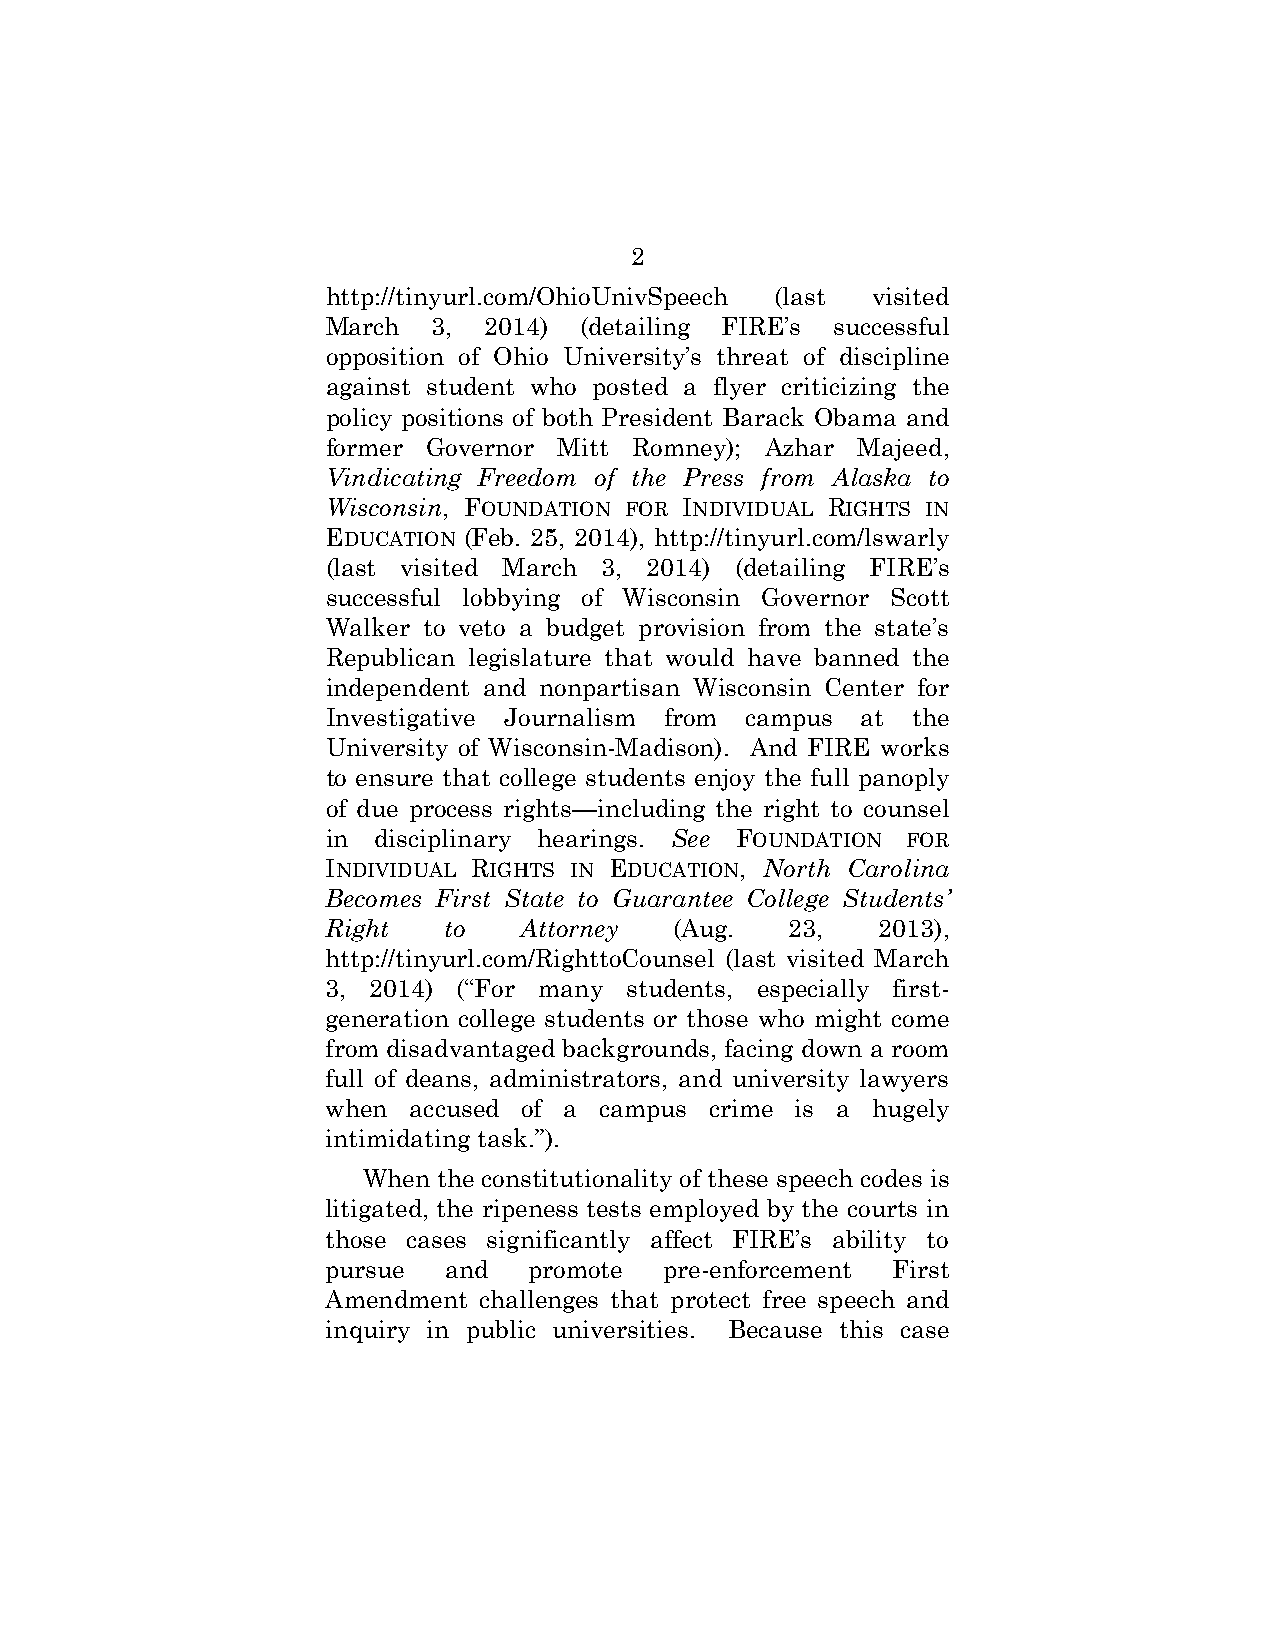
2
 http://tinyurl.com/OhioUnivSpeech (last visited
 March  3, 2014) (detailing FIRE’s successful
 opposition of Ohio University’s threat of discipline
 against student who posted a flyer criticizing the
 policy positions of both President Barack Obama and
 former Governor Mitt Romney); Azhar Majeed,
 Vindicating Freedom of the Press from Alaska to
 Wisconsin, FOUNDATION FOR INDIVIDUAL RIGHTS IN
 EDUCATION (Feb. 25, 2014), http://tinyurl.com/lswarly
 (last visited March 3, 2014) (detailing FIRE’s
 successful lobbying of Wisconsin Governor Scott
 Walker to veto a budget provision from the state’s
 Republican legislature that would have banned the
 independent and nonpartisan Wisconsin Center for
 Investigative Journalism from campus at the
 University of Wisconsin-Madison). And FIRE works
 to ensure that college students enjoy the full panoply
 of due process rights—including the right to counsel
 in disciplinary hearings. See FOUNDATION FOR
 INDIVIDUAL RIGHTS IN EDUCATION, North Carolina
 Becomes First State to Guarantee College Students’
 Right  to   Attorney   (Aug.  23,   2013),
 http://tinyurl.com/RighttoCounsel (last visited March
 3, 2014) (“For many students, especially first-
 generation college students or those who might come
 from disadvantaged backgrounds, facing down a room
 full of deans, administrators, and university lawyers
 when accused of a campus crime is a hugely
 intimidating task.”).
 When the constitutionality of these speech codes is
 litigated, the ripeness tests employed by the courts in
 those cases significantly affect FIRE’s ability to
 pursue and   promote  pre-enforcement First
 Amendment challenges that protect free speech and
 inquiry in public universities. Because this case